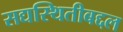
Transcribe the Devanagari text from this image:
सद्यस्थितीबद्दल